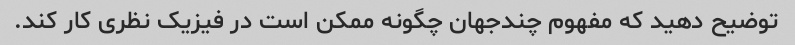
توضیح دهید که مفهوم چندجهان چگونه ممکن است در فیزیک نظری کار کند.